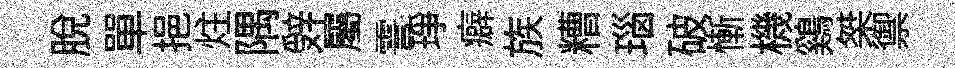
脫單挹炷隅辤屬霅琤癖族糟瑙破慚機鷄桀禦